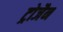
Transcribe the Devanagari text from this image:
ट्रोजैन